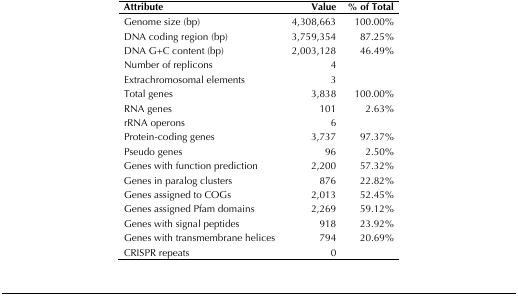
| Attribute | Value | % of Total |
 | --- | --- | --- |
 | Genome size (bp) | 4,308,663 | 100.00% |
 | DNA coding region (bp) | 3,759,354 | 87.25% |
 | DNA G+C content (bp) | 2,003,128 | 46.49% |
 | Number of replicons | 4 |  |
 | Extrachromosomal elements | 3 |  |
 | Total genes | 3,838 | 100.00% |
 | RNA genes | 101 | 2.63% |
 | rRNA operons | 6 |  |
 | Protein-coding genes | 3,737 | 97.37% |
 | Pseudo genes | 96 | 2.50% |
 | Genes with function prediction | 2,200 | 57.32% |
 | Genes in paralog clusters | 876 | 22.82% |
 | Genes assigned to COGs | 2,013 | 52.45% |
 | Genes assigned Pfam domains | 2,269 | 59.12% |
 | Genes with signal peptides | 918 | 23.92% |
 | Genes with transmembrane helices | 794 | 20.69% |
 | CRISPR repeats | 0 |  |